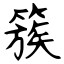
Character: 簇